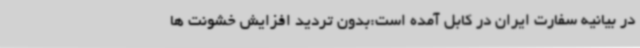
در بیانیه سفارت ایران در کابل آمده است:بدون تردید افزایش خشونت ها